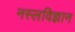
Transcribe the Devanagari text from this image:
नस्लविज्ञान